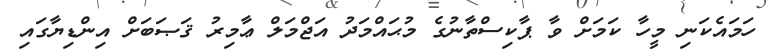
ހަމައެކަނި މީހާ ކަމަށް ވާ ޕާކިސްތާނުގެ މުޙައްމަދު އަޖްމަލް ޢާމިރު ޤަޞަބަށް އިންޑިޔާގައި